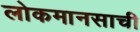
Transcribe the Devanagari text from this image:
लोकमानसाची